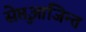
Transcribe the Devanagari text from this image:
सेप्तुआजिन्त